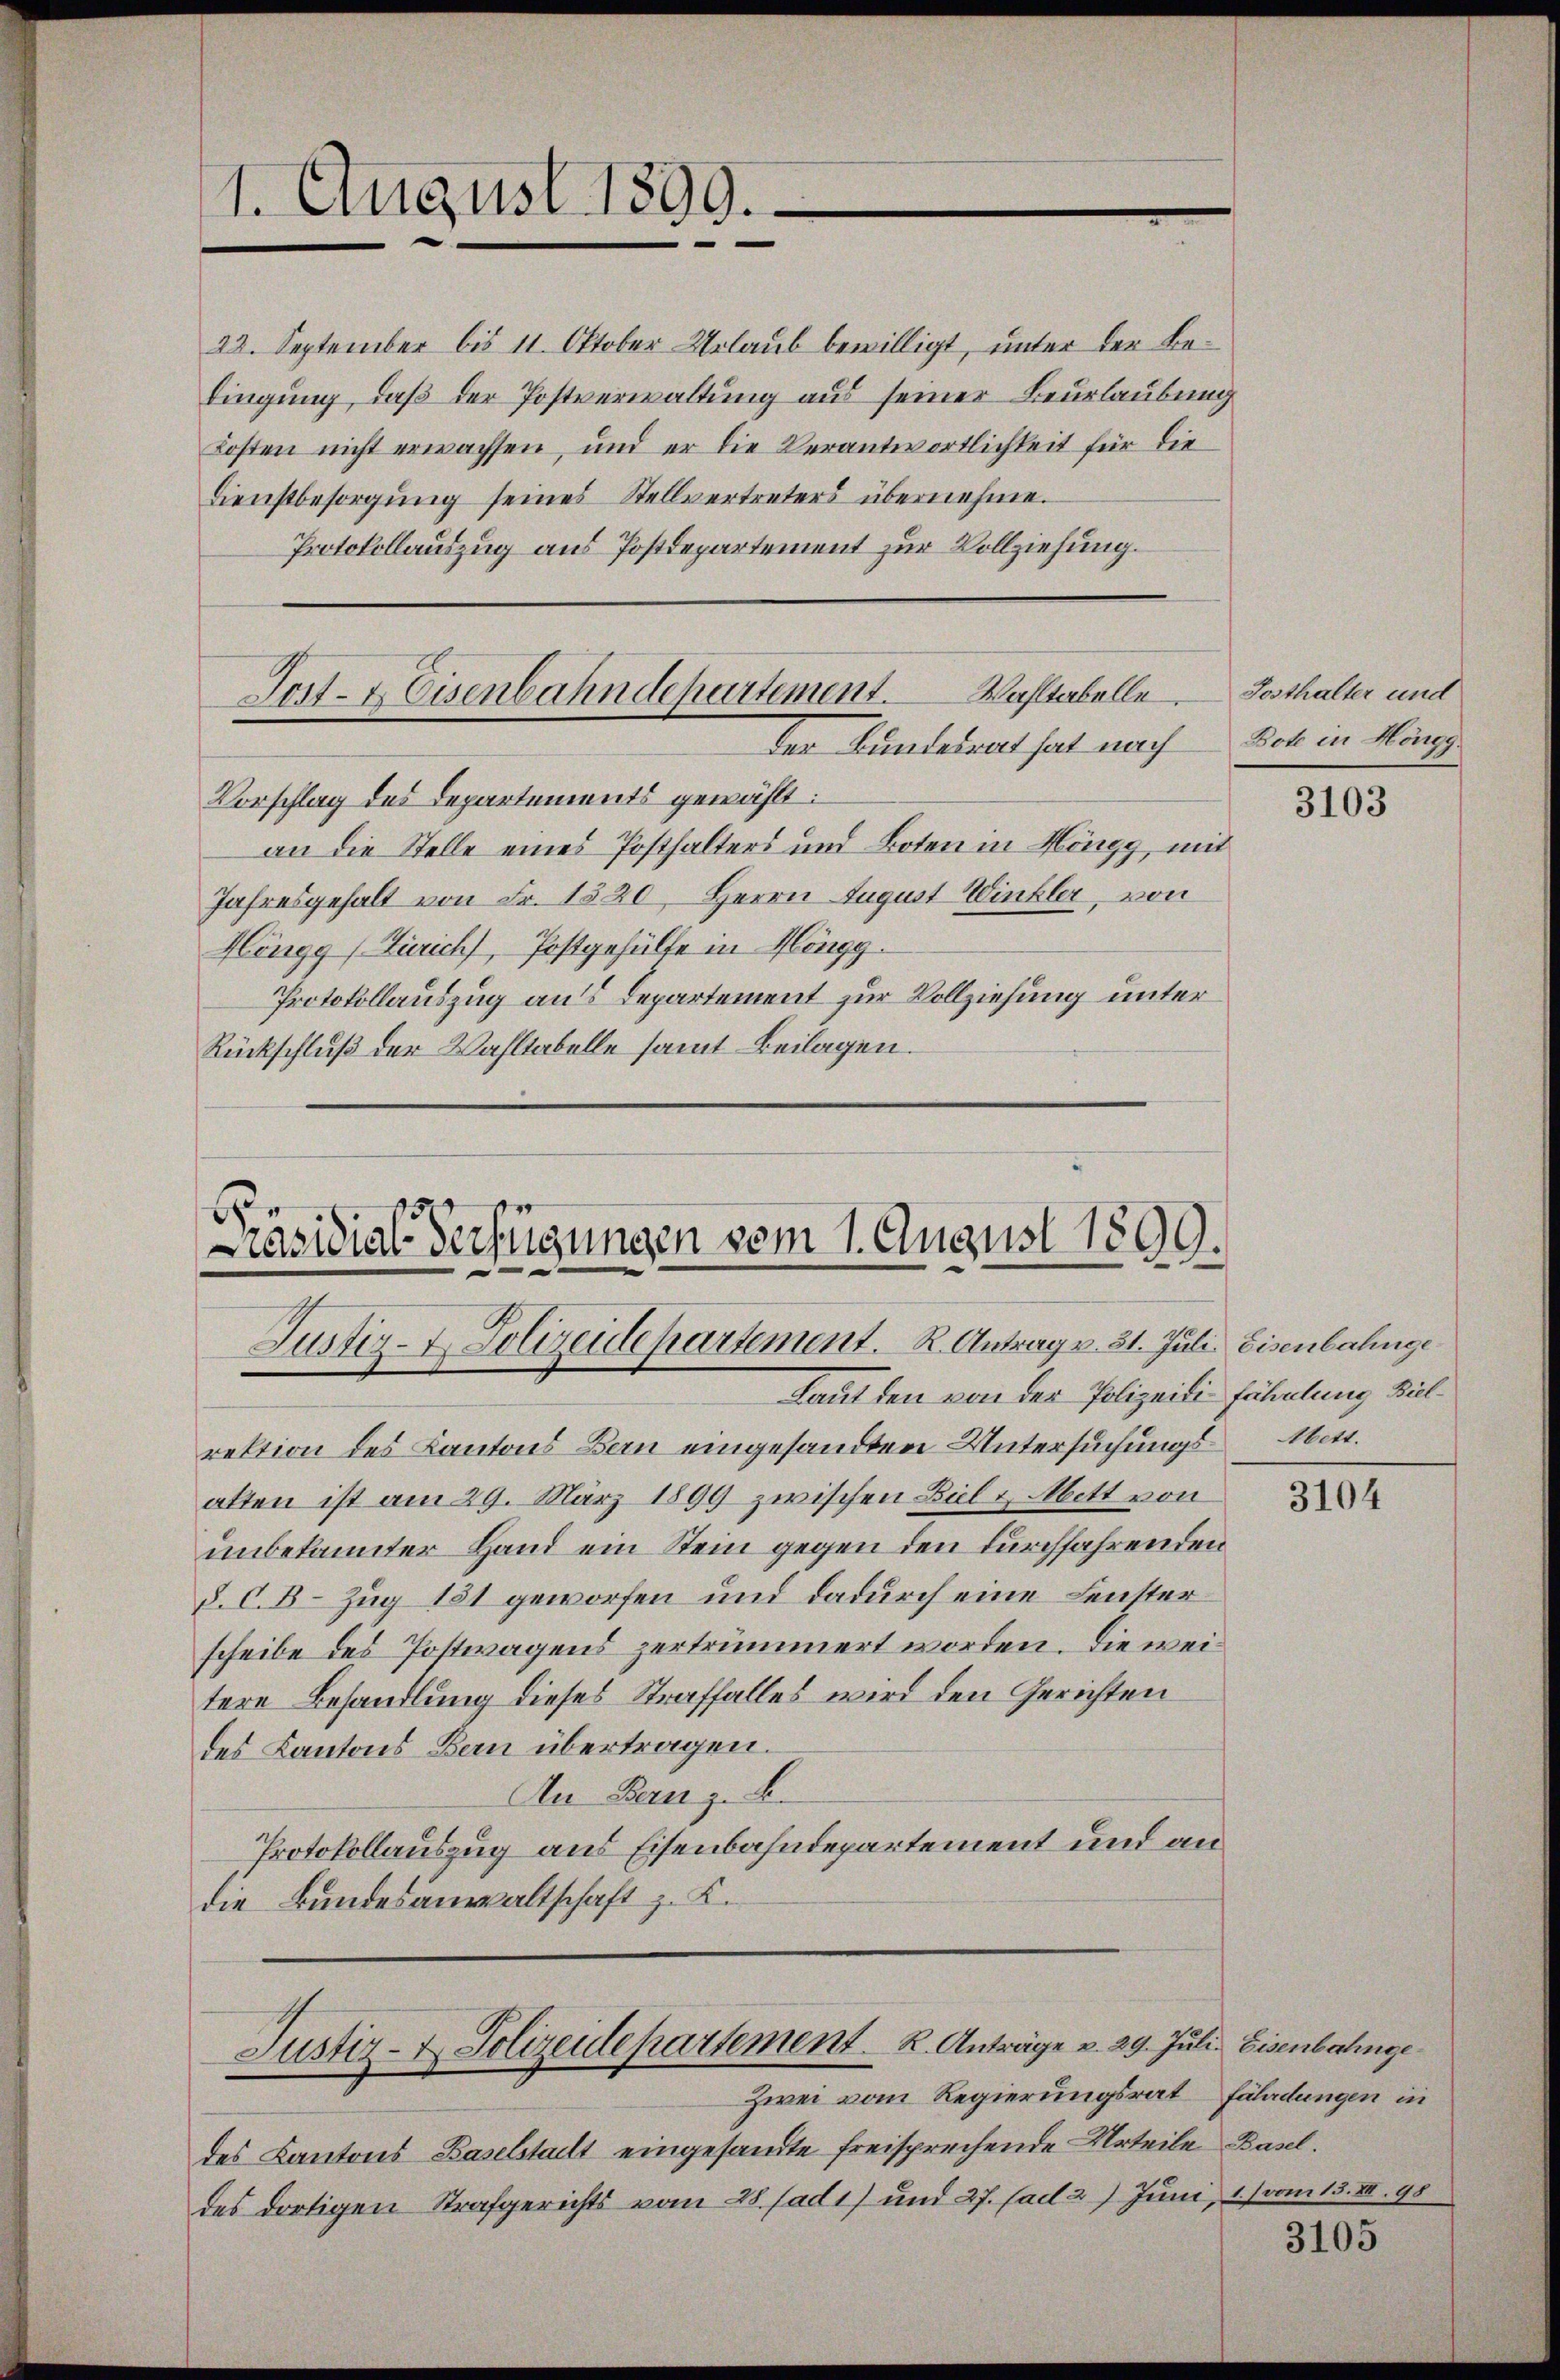
22. September bis 11. Oktober-Urlaub bewilligt, unter der Bedingung, daß der Postverwaltung aus seiner Beurlaubung
Kosten nicht erwachsen, und er die Verantwortlichkeit für die
Dienstbesorgŭng seines Stellvertreters übernehme.
Protokollauszug aus Postdepartement zur Vollziehung.

1. August 1899.
e

Post- & Eisenbahndepartement. Wahltabelle.
der Bundesrat hat nach Bock in Höngg.

Präsidial-Verfügungen vom 1. August 1899.
Justiz- & Polizeidepartement. R. Antrag v. 31. Juli Eisenbahnge

Vorschlag des Departements gewählt:
an die Stelle eines Posthalters und Boten in Höngg, mit
Jahresgehalt von Fr. 1520, Herrn August Winkler, von
Höngg (Zürich, Postgehülfe in Höngg.
Protokollauszug aus Departement zur Vollziehung unter
Rückschluß der Wahltabelle samt Beilagen.

Laut den von der Polizeili fühlung Bilrektion des Kantons Bern eingesandten Untersuchungs-Mett.
alten ist am 29. März 1899 zwischen Bilz Mett von
unbekannter Hand ein Stein gegen den durchfahrenden
§. C. B. Zug 181 geworfen und dadurch eine Fenster
scheibe des Postwagens zertrümmert worden. Die weitere Behandlung dieses Straffalles wird den Gerichten
des Kantons Bern übertragen.
An Bern z. B.
Protokollauszug aus Eisenbahndepartement und an
die Bundesanwaltschaft z. K.
Justiz- & Polizeidepartement. K. Anträge v. 29. Juli Eisenbahnge¬
Zwei vom Regierungsrat fährdungen in
des Kantons Baselstalt eingesandte freisprechende Urteile Basel.
des dortigen Strafgerichts vom 28. Jad1) und 27. ad 27 Juni 1) vom 13. VII. 98

Tosthalter und

3103

3104

3105